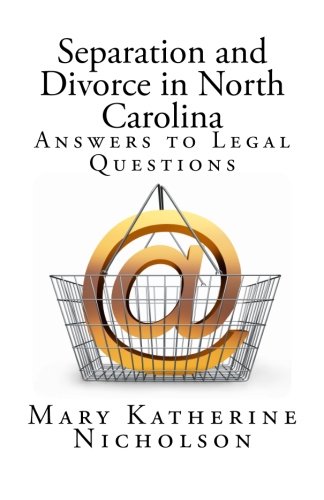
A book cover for Separation and Divorce in North Carolina: Answers to Legal Questions; Mary Katherine Nicholson; Law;